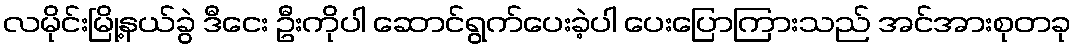
လမိုင်းမြို့နယ်ခွဲ ဒီငေး ဦးကိုပါ ဆောင်ရွက်ပေးခဲ့ပါ ပေးပြောကြားသည် အင်အားစုတခု